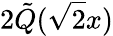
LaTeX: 2{\tilde{Q}}({\sqrt{2}}x)